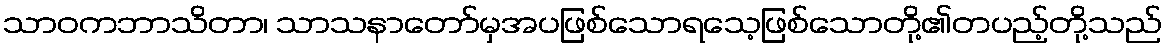
သာဝကဘာသိတာ၊ သာသနာတော်မှအပဖြစ်သောရသေ့ဖြစ်သောတို့၏တပည့်တို့သည်